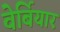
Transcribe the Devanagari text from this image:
वेर्बियार